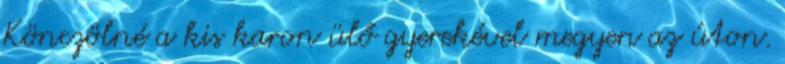
Könczölné a kis karon ülő gyerekével megyen az úton.